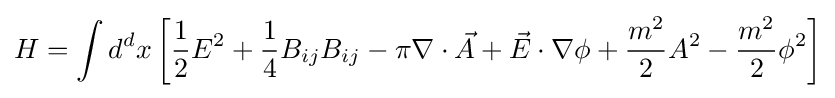
H=\int d^{d}x\left[{\frac {1}{2}}E^{2}+{\frac {1}{4}}B_{ij}B_{ij}-\pi \nabla \cdot {\vec {A}}+{\vec {E}}\cdot \nabla \phi +{\frac {m^{2}}{2}}A^{2}-{\frac {m^{2}}{2}}\phi ^{2}\right]